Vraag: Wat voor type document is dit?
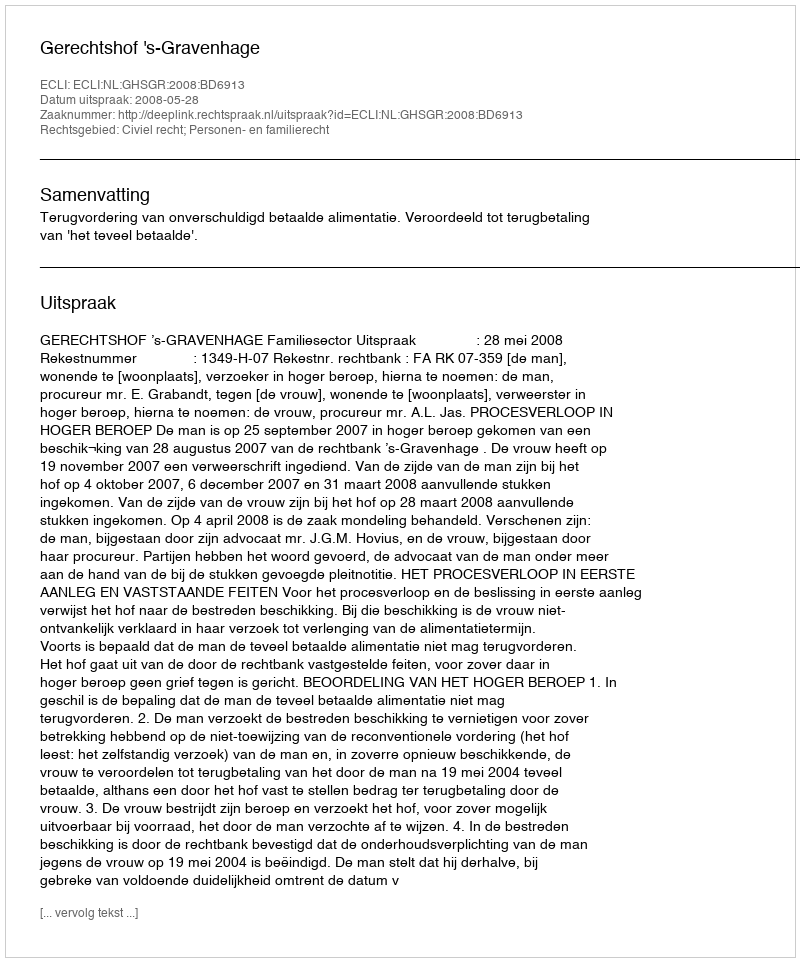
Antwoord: Uitspraak